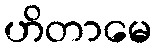
ဟိတာမေ